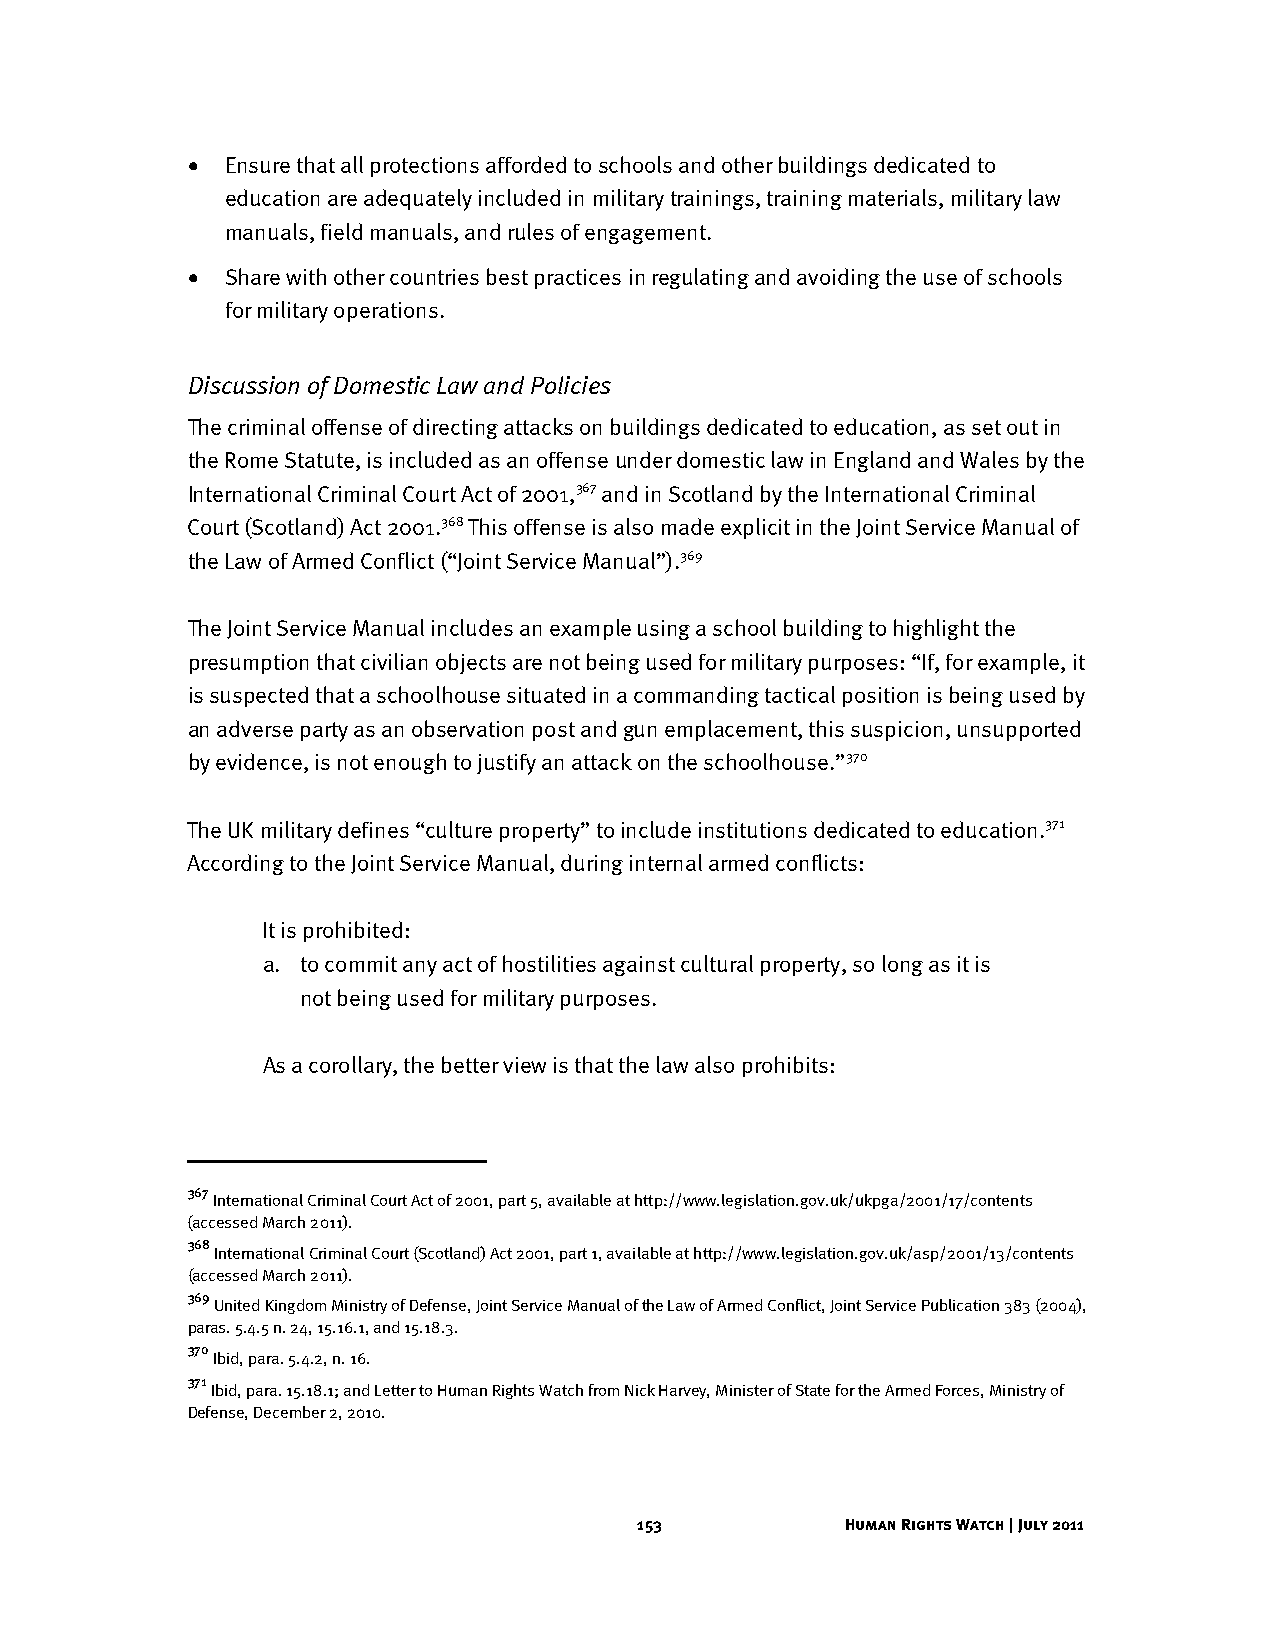
•  Ensure that all protections afforded to schools and other buildings dedicated to
 education are adequately included in military trainings, training materials, military law
 manuals, field manuals, and rules of engagement.
 •  Share with other countries best practices in regulating and avoiding the use of schools
 for military operations.
 Discussion of Domestic Law and Policies
 The criminal offense of directing attacks on buildings dedicated to education, as set out in
 the Rome Statute, is included as an offense under domestic law in England and Wales by the
 International Criminal Court Act of 2001,367 and in Scotland by the International Criminal
 Court (Scotland) Act 2001.368 This offense is also made explicit in the Joint Service Manual of
 the Law of Armed Conflict (“Joint Service Manual”).369
 The Joint Service Manual includes an example using a school building to highlight the
 presumption that civilian objects are not being used for military purposes: “If, for example, it
 is suspected that a schoolhouse situated in a commanding tactical position is being used by
 an adverse party as an observation post and gun emplacement, this suspicion, unsupported
 by evidence, is not enough to justify an attack on the schoolhouse.”370
 The UK military defines “culture property” to include institutions dedicated to education.371
 According to the Joint Service Manual, during internal armed conflicts:
 It is prohibited:
 a. to commit any act of hostilities against cultural property, so long as it is
 not being used for military purposes.
 As a corollary, the better view is that the law also prohibits:
 367
 International Criminal Court Act of 2001, part 5, available at http://www.legislation.gov.uk/ukpga/2001/17/contents
 (accessed March 2011).
 368
 International Criminal Court (Scotland) Act 2001, part 1, available at http://www.legislation.gov.uk/asp/2001/13/contents
 (accessed March 2011).
 369
 United Kingdom Ministry of Defense, Joint Service Manual of the Law of Armed Conflict, Joint Service Publication 383 (2004),
 paras. 5.4.5 n. 24, 15.16.1, and 15.18.3.
 370
 Ibid, para. 5.4.2, n. 16.
 371
 Ibid, para. 15.18.1; and Letter to Human Rights Watch from Nick Harvey, Minister of State for the Armed Forces, Ministry of
 Defense, December 2, 2010.
 153           Human Rights Watch | July 2011